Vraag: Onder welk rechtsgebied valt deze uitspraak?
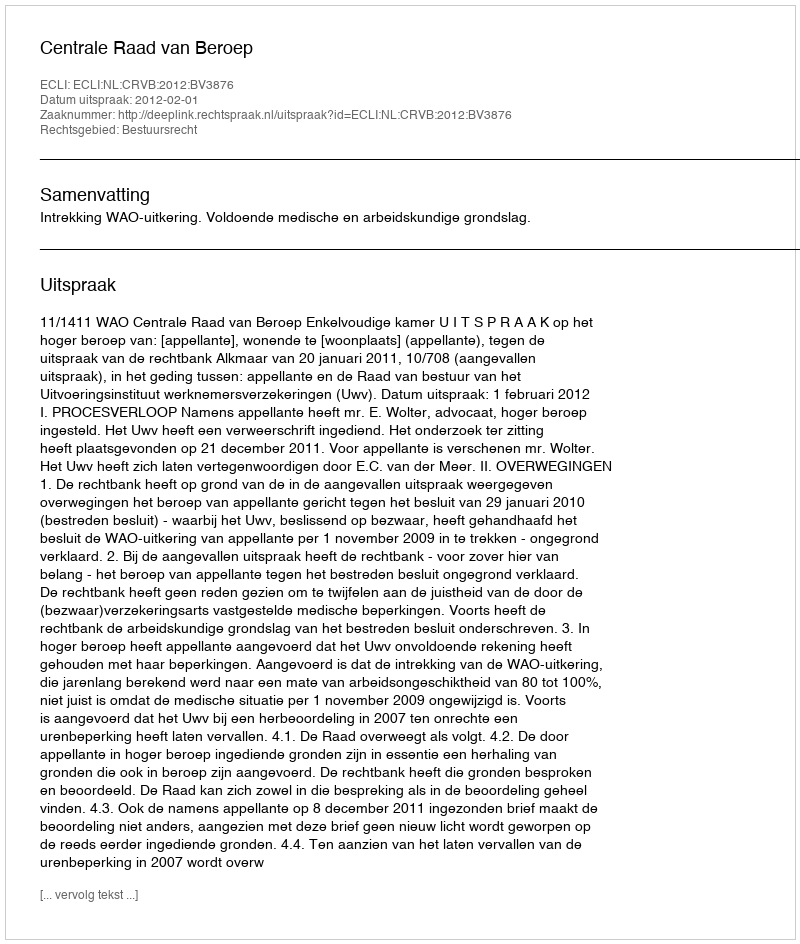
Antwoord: Bestuursrecht